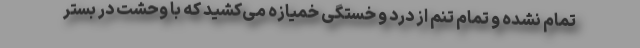
تمام نشده و تمام تنم از درد و خستگی خمیازه می‌کشید که با وحشت در بستر